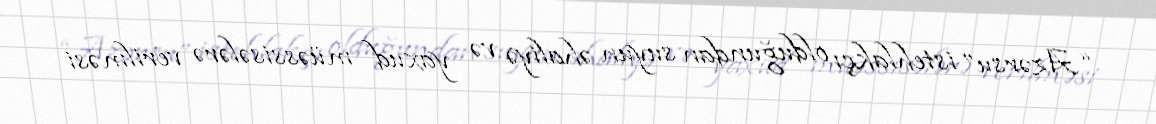
“Azərsu” istehlakçı olduğundan suyun əhaliyə və yaxud müəssisələrə verilməsi